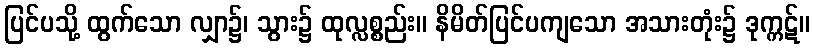
ပြင်ပသို့ ထွက်သော လျှာ၌၊ သွား၌ ထုလ္လစ္စည်း။ နိမိတ်ပြင်ပကျသော အသားတုံး၌ ဒုက္ကဋ်။